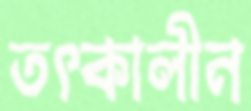
তৎকালীন